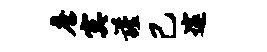
詹寞谨己邃